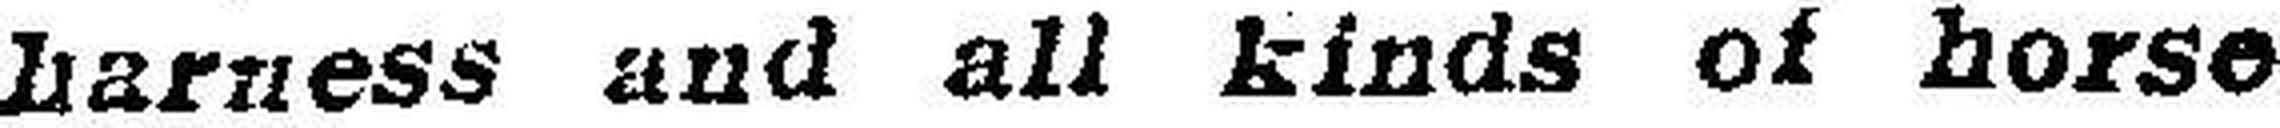
harness and all kinds of horse